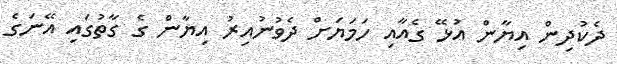
ދެކުދިން އިޔާން އުޅޭ ގެއާއި ހަމަޔަށް ދެވުނުއިރު އިޔާން ގެ ގާތުގައި އޭނަގެ